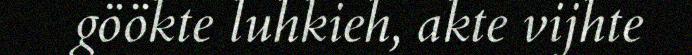
göökte luhkieh, akte vijhte